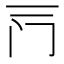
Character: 𰿦